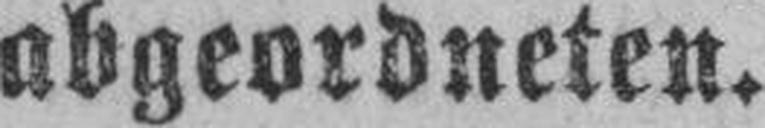
abgeordneten.